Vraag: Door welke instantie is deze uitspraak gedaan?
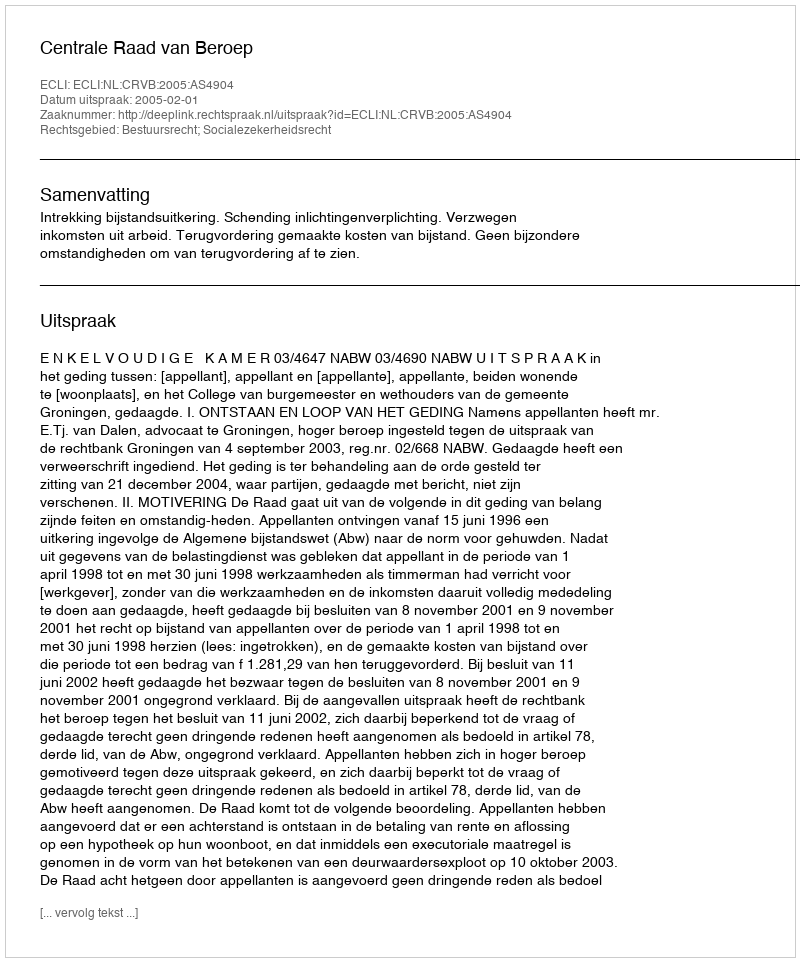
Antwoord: Centrale Raad van Beroep